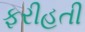
ફરીહતી